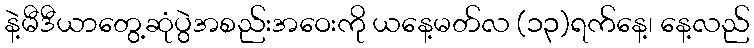
နဲ့မီဒီယာတွေ့ဆုံပွဲအစည်းအဝေးကို ယနေ့မတ်လ (၁၃)ရက်နေ့၊ နေ့လည်